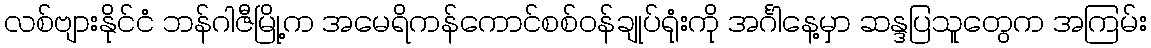
လစ်ဗျားနိုင်ငံ ဘန်ဂါဇီမြို့က အမေရိကန်ကောင်စစ်ဝန်ချုပ်ရုံးကို အင်္ဂါနေ့မှာ ဆန္ဒပြသူတွေက အကြမ်း